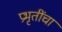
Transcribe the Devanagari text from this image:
प्रभृतींचा